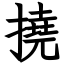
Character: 撓